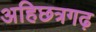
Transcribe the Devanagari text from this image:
अहिछत्रगढ़